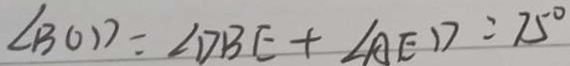
\angle B O D = \angle D B E + \angle A E D = 7 5 ^ { \circ }